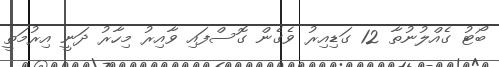
ބޯޓު ގެއްލުނުތާ 12 ގަޑިއިރު ވެގެން ގޮސްފައި ވާއިރު މިހާރު ދަނީ އިރުމަތީ